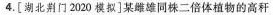
4.[湖北荆门2020模拟]某雌雄同株二倍体植物的高秆